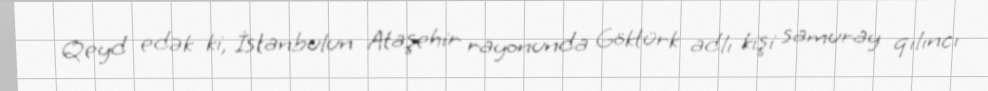
Qeyd edək ki, İstanbulun Ataşehir rayonunda Göktürk adlı kişi samuray qılıncı